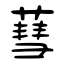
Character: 蔧